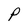
Character: P